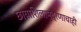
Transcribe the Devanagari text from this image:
छायाशिलामुद्रणाचाही